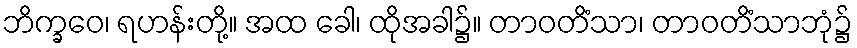
ဘိက္ခဝေ၊ ရဟန်းတို့။ အထ ခေါ၊ ထိုအခါ၌။ တာဝတိံသာ၊ တာဝတိံသာဘုံ၌